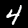
Digit: 4